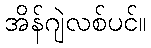
အိန်ဂျဲလစ်ပင်။